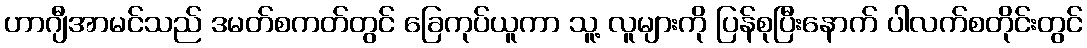
ဟာဂျီအာမင်သည် ဒမတ်စကတ်တွင် ခြေကုပ်ယူကာ သူ့ လူများကို ပြန်စုပြီးနောက် ပါလက်စတိုင်းတွင်